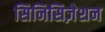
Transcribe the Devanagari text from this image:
सिनिसिज़ेशन